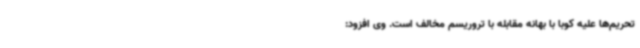
تحریم‌ها علیه کوبا با بهانه مقابله با تروریسم مخالف است. وی افزود: